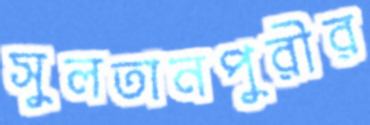
সুলতানপুরীর